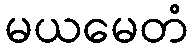
မယမေတံ